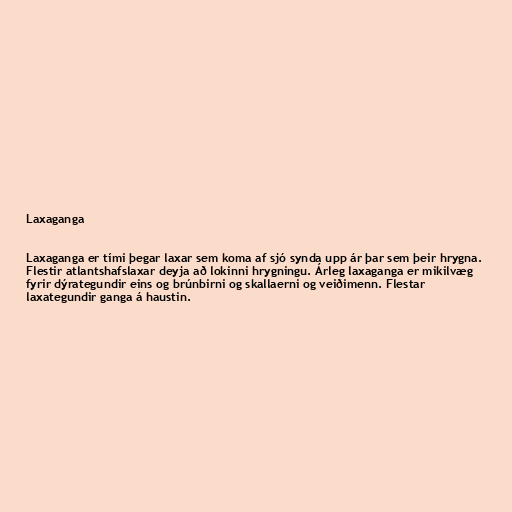
Laxaganga

Laxaganga er tími þegar laxar sem koma af sjó synda upp ár þar sem þeir hrygna.
Flestir atlantshafslaxar deyja að lokinni hrygningu. Árleg laxaganga er mikilvæg
fyrir dýrategundir eins og brúnbirni og skallaerni og veiðimenn. Flestar
laxategundir ganga á haustin.